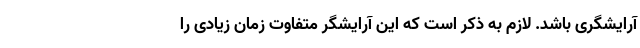
آرایشگری باشد. لازم به ذکر است که این آرایشگر متفاوت زمان زیادی را